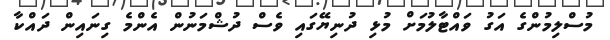
މުސްލިމުންގެ އަގު ވައްޓާލުމަށް މުޅި ދުނިޔޭގައި ވެސް ދުޝްމަނުން އެންމެ ގިނައިން ދައްކާ